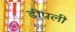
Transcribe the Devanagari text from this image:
डीपली